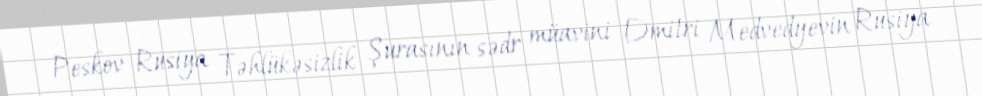
Peskov Rusiya Təhlükəsizlik Şurasının sədr müavini Dmitri Medvedyevin Rusiya